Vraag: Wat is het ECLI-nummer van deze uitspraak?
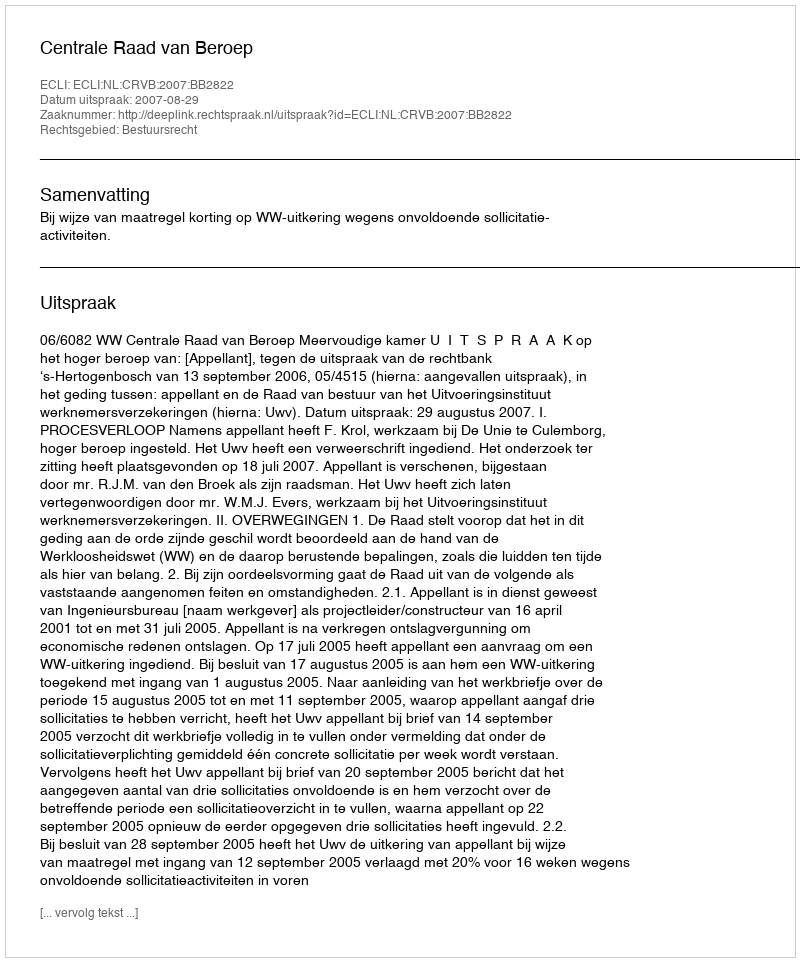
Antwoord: ECLI:NL:CRVB:2007:BB2822